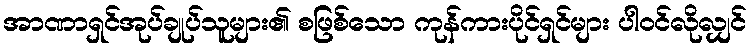
အာဏာရှင်အုပ်ချုပ်သူများ၏ စဖြစ်သော ကုန်ကားပိုင်ရှင်များ ပါဝင်လိုလျှင်